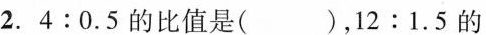
2.4:0.5的比值是( )，12:1.5的